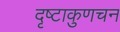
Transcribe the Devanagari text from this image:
दृष्टाकुणचन